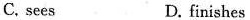
C. sees D. finishes